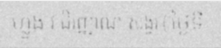
ហ្លួង វ ជិរញ្ញាណ សង្វរ ( ថ្ងៃទី